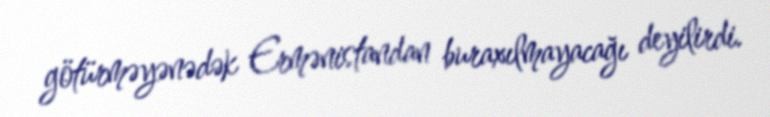
götürməyənədək Ermənistandan buraxılmayacağı deyilirdi.